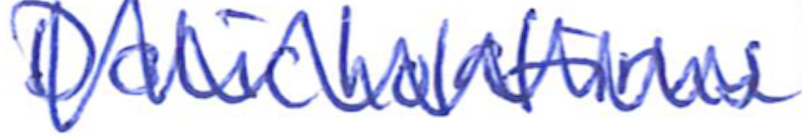
Text: Dolicholatirus
Cross-out: mix
Writing tool: ballpoint